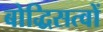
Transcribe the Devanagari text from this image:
बोद्धिसत्वों